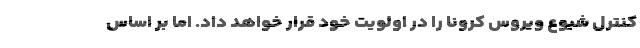
کنترل شیوع ویروس کرونا را در اولویت خود قرار خواهد داد. اما بر اساس